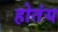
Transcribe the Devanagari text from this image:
होतंय